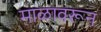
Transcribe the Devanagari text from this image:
माळावरून